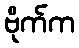
ဗိုက်က